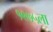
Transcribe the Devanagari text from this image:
१९७५ला